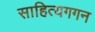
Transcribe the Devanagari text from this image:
साहित्यगगन